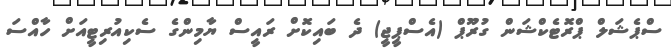
ސްޕެޝަލް ޕްރޮޓެކްޝަން ގުރޫޕް (އެސްޕީޖީ) ދެ ބައިކޮށް ރައީސް ޔާމިންގެ ސެކިއުރިޓީއަށް ހާއްސަ